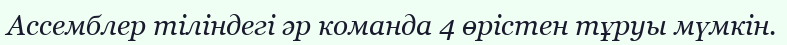
Ассемблер тіліндегі әр команда 4 өрістен тұруы мүмкін.